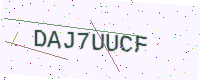
Text: DAJ7UUCF